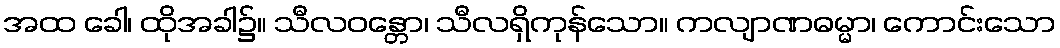
အထ ခေါ၊ ထိုအခါ၌။ သီလဝန္တော၊ သီလရှိကုန်သော။ ကလျာဏဓမ္မာ၊ ကောင်းသော